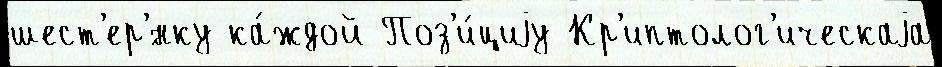
шест'ер'́нку ка́ждой Поз'и́циjу Кр'иптолог'ическаjа